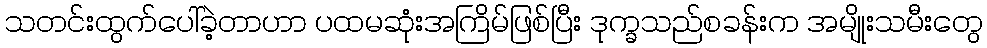
သတင်းထွက်ပေါ်ခဲ့တာဟာ ပထမဆုံးအကြိမ်ဖြစ်ပြီး ဒုက္ခသည်စခန်းက အမျိုးသမီးတွေ